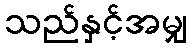
သည်နှင့်အမျှ